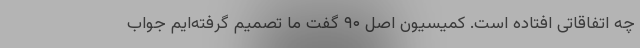
چه اتفاقاتی افتاده است. کمیسیون اصل ۹۰ گفت ما تصمیم گرفته‌ایم جواب